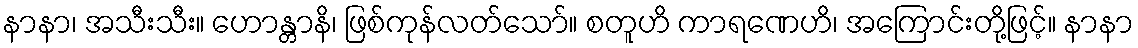
နာနာ၊ အသီးသီး။ ဟောန္တာနိ၊ ဖြစ်ကုန်လတ်သော်။ စတူဟိ ကာရဏေဟိ၊ အကြောင်းတို့ဖြင့်။ နာနာ